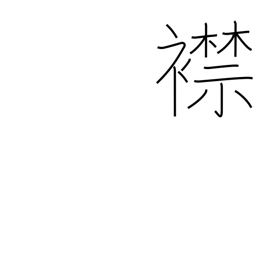
Meaning: one's inner feelings